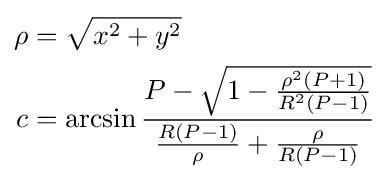
{\begin{aligned}\rho &={\sqrt {x^{2}+y^{2}}}\\c&=\arcsin {\frac {P-{\sqrt {1-{\frac {\rho ^{2}(P+1)}{R^{2}(P-1)}}}}}{{\frac {R(P-1)}{\rho }}+{\frac {\rho }{R(P-1)}}}}\end{aligned}}